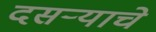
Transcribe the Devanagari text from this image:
दसऱ्याचे